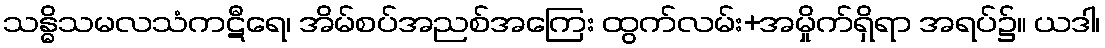
သန္ဓိသမလသံကဋီရေ၊ အိမ်စပ်အညစ်အကြေး ထွက်လမ်း+အမှိုက်ရှိရာ အရပ်၌။ ယဒါ၊